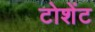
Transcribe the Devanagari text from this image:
टोशेंट